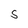
Character: s